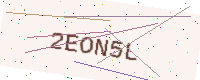
Text: 2EON5L